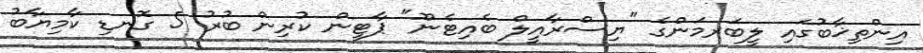
އިންތިޚާބުގައި ލީބަރމަންގެ "ޔިސްރާއީލް ބެއިޓެނޫ" ޕާޓީން ކުރިން ބުރު 5 ގޮނޑި ކާމިޔާބު